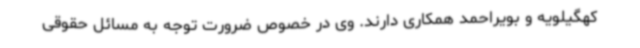
کهگیلویه و بویراحمد همکاری دارند. وی در خصوص ضرورت توجه به مسائل حقوقی